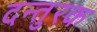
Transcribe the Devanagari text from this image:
दन्तुरक